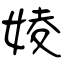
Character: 婈